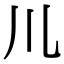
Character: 𫶧